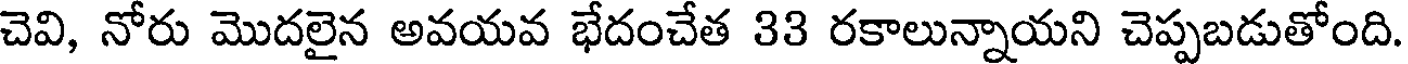
చెవి, నోరు మొదలైన అవయవ భేదంచేత 33 రకాలున్నాయని చెప్పబడుతోంది